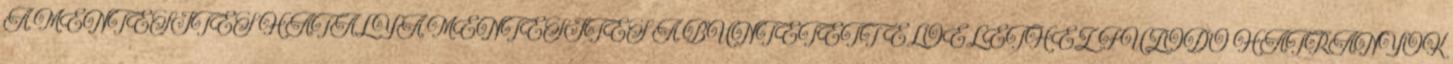
A MENTESÍTÉS HATÁLYA MENTESÍTÉS A BÜNTETETT ELŐÉLETHEZ FŰZŐDŐ HÁTRÁNYOK